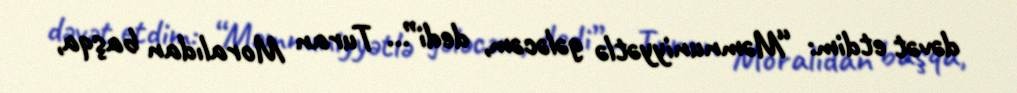
dəvət etdim: “Məmnuniyyətlə gələcəm, dedi”... Turan Moralıdan başqa,